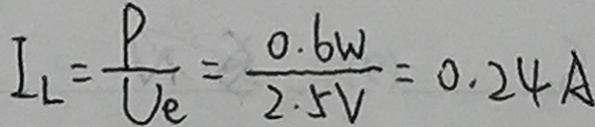
I _ { L } = \frac { P } { U _ { e } } = \frac { 0 . 6 W } { 2 . 5 V } = 0 . 2 4 A